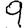
Digit: 9